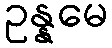
ဥန္နမေ